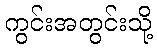
ကွင်းအတွင်းသို့